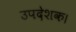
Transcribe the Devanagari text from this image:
उपदेशक।